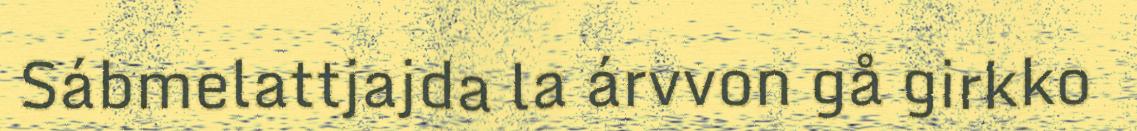
Sábmelattjajda la árvvon gå girkko